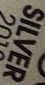
SILVER